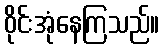
ဝိုင်းအုံနေကြသည်။